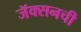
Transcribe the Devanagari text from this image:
जॅक्सनची